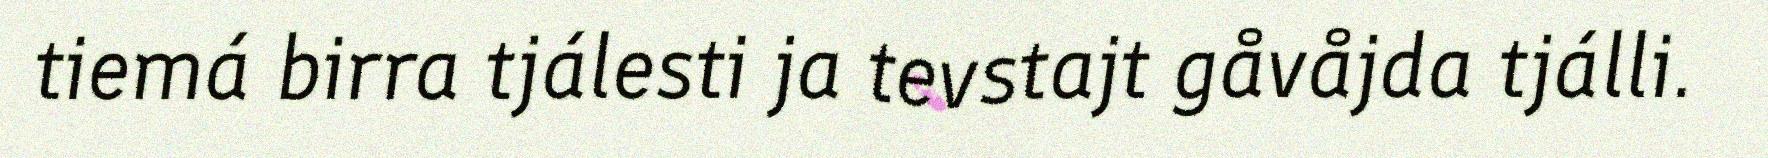
tiemá birra tjálesti ja tevstajt gåvåjda tjálli.